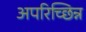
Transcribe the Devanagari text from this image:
अपरिच्छिन्न